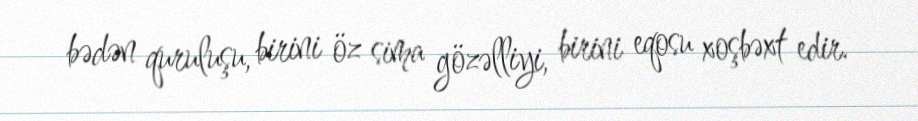
bədən quruluşu, birini öz sima gözəlliyi, birini eqosu xoşbəxt edir.